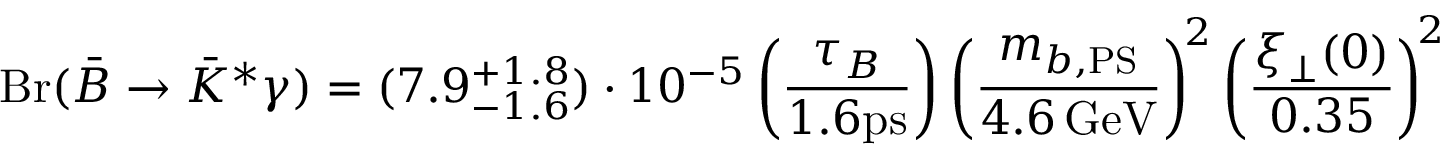
\mathrm { B r } ( \bar { B } \to \bar { K } ^ { * } \gamma ) = ( 7 . 9 _ { - 1 . 6 } ^ { + 1 . 8 } ) \cdot 1 0 ^ { - 5 } \left( \frac { \tau _ { B } } { 1 . 6 \mathrm { p s } } \right) \left( \frac { m _ { b , \mathrm { P S } } } { 4 . 6 \, \mathrm { G e V } } \right) ^ { \! 2 } \left( \frac { \xi _ { \perp } ( 0 ) } { 0 . 3 5 } \right) ^ { \! 2 }